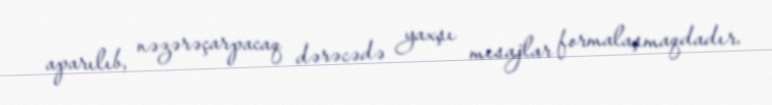
aparılıb, nəzərəçarpacaq dərəcədə yaxşı mesajlar formalaşmaqdadır.